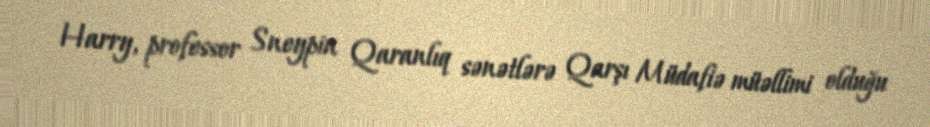
Harry, professor Sneypin Qaranlıq sənətlərə Qarşı Müdafiə müəllimi olduğu